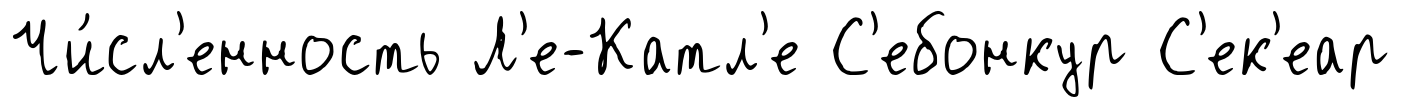
Чи́сл'енность Л'е-Катл'е С'ебонкур С'ек'еар